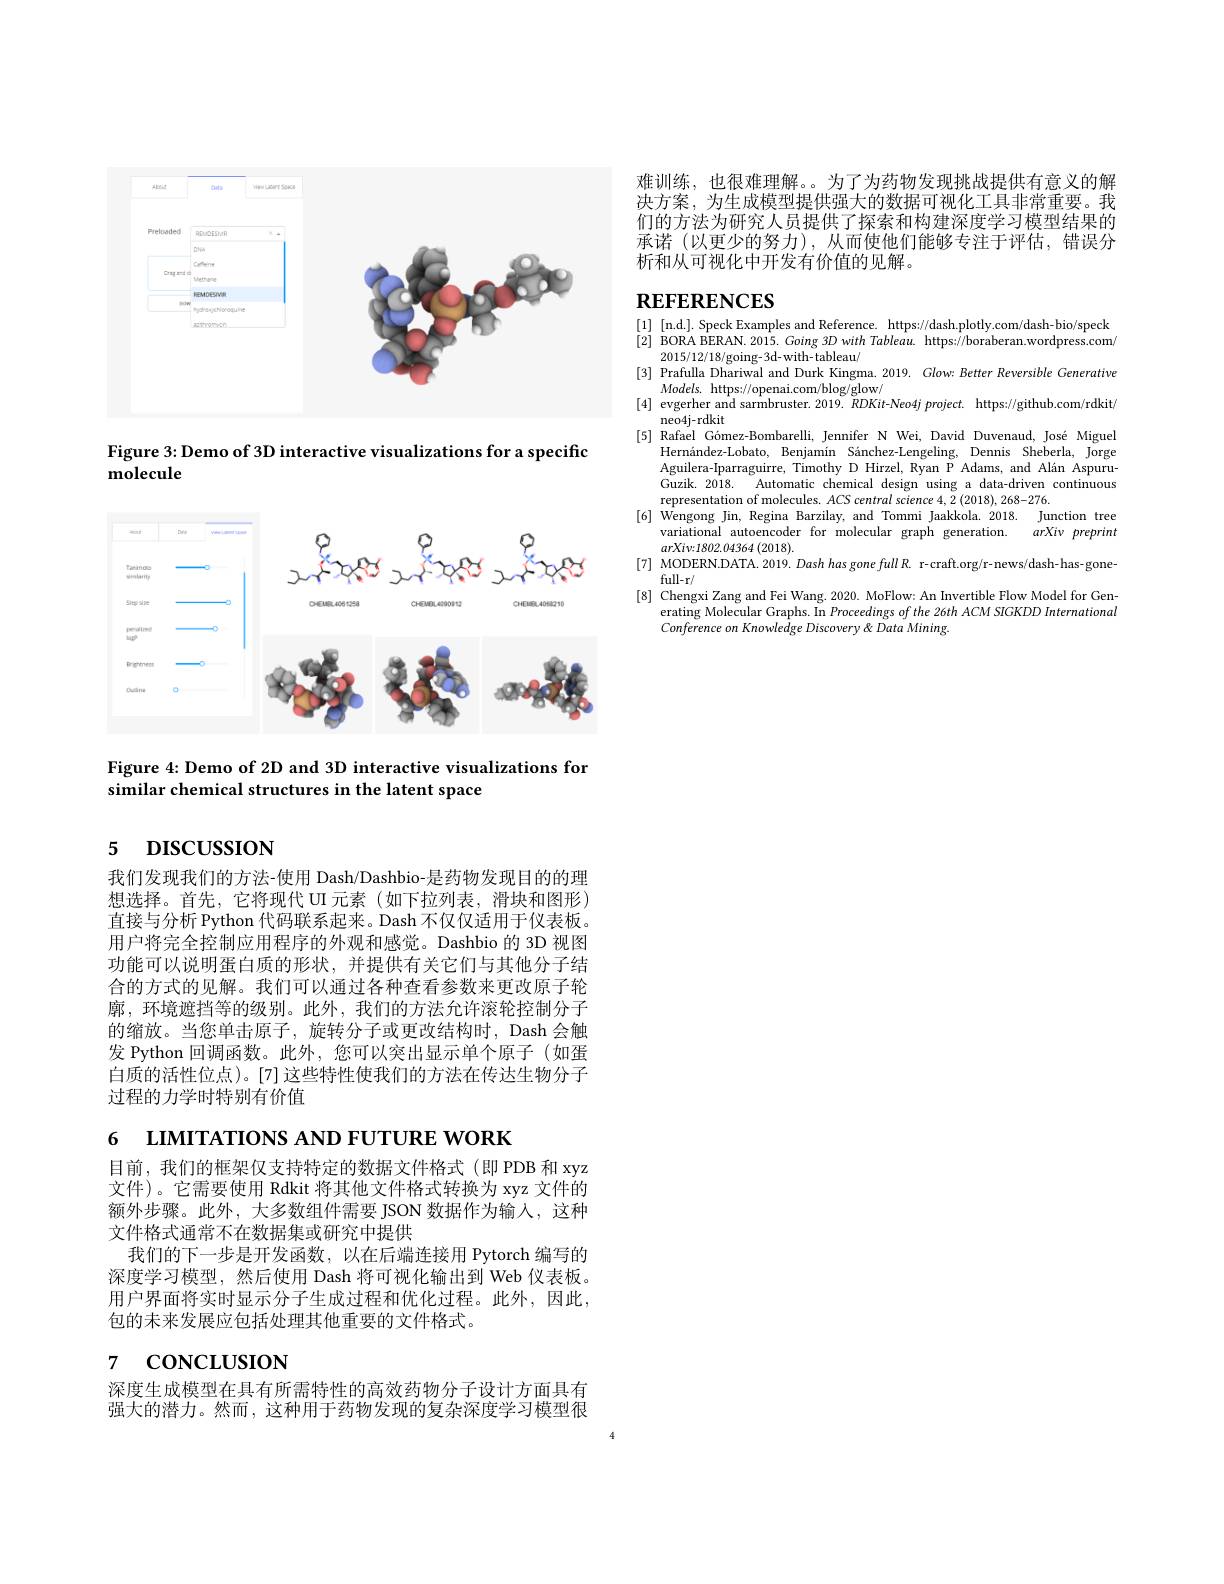
<FigureHere>

Figure 3: Demo of 3D interactive visualizations for a specific
molecule

<FigureHere>

Figure 4: Demo of 2D and 3D interactive visualizations for
similar chemical structures in the latent space

# 5 DISCUSSION

我们发现我们的方法-使用 Dash/Dashbio-是药物发现目的的理想选择。首先，它将现代 UI 元素(如下拉列表，滑块和图形) 直接与分析 Python 代码联系起来。Dash 不仅仅适用于仪表板。用户将完全控制应用程序的外观和感觉。Dashbio 的 3D 视图功能可以说明蛋白质的形状，并提供有关它们与其他分子结合的方式的见解。我们可以通过各种查看参数来更改原子轮廓，环境遮挡等的级别。此外，我们的方法允许滚轮控制分子的缩放。当您单击原子，旋转分子或更改结构时，Dash 会触发 Python 回调函数。此外，您可以突出显示单个原子(如蛋白质的活性位点)。[7]这些特性使我们的方法在传达生物分子过程的力学时特别有价值

6 LIMITATIONS AND FUTURE WORK

目前，我们的框架仅支持特定的数据文件格式(即 PDB 和 xyz 文件)。它需要使用 Rdkit 将其他文件格式转换为 xyz 文件的额外步骤。此外，大多数组件需要 JSON 数据作为输入，这种文件格式通常不在数据集或研究中提供
我们的下一步是开发函数，以在后端连接用 Pytorch 编写的深度学习模型，然后使用 Dash 将可视化输出到 Web 仪表板。用户界面将实时显示分子生成过程和优化过程。此外，因此， 包的未来发展应包括处理其他重要的文件格式。

# $_{7}$ concıusıon

深度生成模型在具有所需特性的高效药物分子设计方面具有强大的潜力。然而，这种用于药物发现的复杂深度学习模型很

难训练，也很难理解。为了为药物发现挑战提供有意义的解决方案，为生成模型提供强大的数据可视化工具非常重要。我们的方法为研究人员提供了探索和构建深度学习模型结果的承诺(以更少的努力),从而使他们能够专注于评估，错误分析和从可视化中开发有价值的见解。

# REFERENCES

[1] [n.d.]. Speck Examples and Reference. https://dash.plotly.com/dash-bio/speck [2] BORA BERAN. 2015. Going 3D with Tableau. https;//boraberan.wordpress.com/
2015/12/18/going-3d-with-tableau/
[3] Prafulla Dhariwal and Durk Kingma. 2019. Glow: Better Reversible Generative
$Models.$ https://openai.com/blog/glow/
[4] evgerher and sarmbruster. 2019. RDKit-Neo4j project. https://github.com/rdkit/
neo4j-rdkit
[5] Rafael Gómez-Bombarelli, Jennifer N Wei, David Duvenaud, José Miguel
Hernández-Lobato, Benjamín Sánchez-Lengeling, Dennis Sheberla, Jorge Aguilera-Iparraguirre, Timothy D Hirzel, Ryan P Adams, and Alán AspuruGuzik. 2018. Automatic chemical design using a data-driven continuous representation of molecules. ACS central science 4, 2 (2018), 268-276.
[6] Wengong Jin, Regina Barzilay, and Tommi Jaakkola. 2018. Junction tree
variational autoencoder for molecular graph generation. arXiv preprint
$arXiv{:}1802.04364\left(2018\right).$
[7] MODERN.DATA.2019. Dash has gone full R. r-craft.org/r-news/dash-has-gone-
full-r/
[8] Chengxi Zang and Fei Wang. 2020. MoFlow: An Invertible Flow Model for Gen-
erating Molecular Graphs. In Proceedings of the 26th ACM SIGKDD International
Conference on Knowledge Discovery & Data Mining